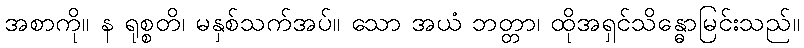
အစာကို။ န ရုစ္စတိ၊ မနှစ်သက်အပ်။ သော အယံ ဘတ္တာ၊ ထိုအရှင်သိန္ဓောမြင်းသည်။